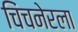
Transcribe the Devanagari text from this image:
चिंचनेरला